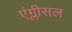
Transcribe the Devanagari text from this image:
एंग्लीसल